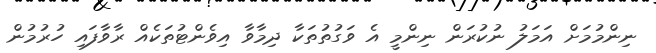
ނިންމުމަށް އަމަލު ނުކުރަން ނިންމީ އެ ވަގުތުތަކާ ދިމާވާ އިވެންޓުތަކެއް ރާވާފައި ހުރުމުން